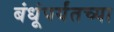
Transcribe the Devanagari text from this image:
बंधूंपर्यंतच्या